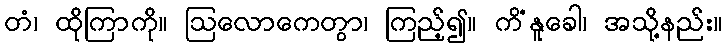
တံ၊ ထိုကြာကို။ ဩလောကေတွာ၊ ကြည့်၍။ ကိံနူခေါ၊ အသို့နည်း။